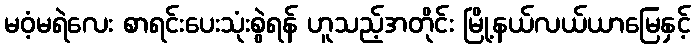
မဝံ့မရဲလေး စာရင်းပေးသုံးစွဲရန် ဟူသည့်အတိုင်း မြို့နယ်လယ်ယာမြေနှင့်